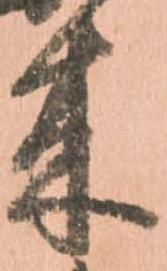
来